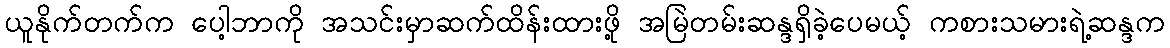
ယူနိုက်တက်က ပေါ့ဘာကို အသင်းမှာဆက်ထိန်းထားဖို့ အမြဲတမ်းဆန္ဒရှိခဲ့ပေမယ့် ကစားသမားရဲ့ဆန္ဒက